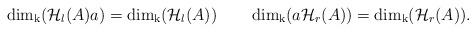
LaTeX: \begin{align*}\dim_{\mathrm{k}}(\mathcal{H}_{l}(A)a)=\dim_{\mathrm{k}}(\mathcal{H}_{l}(A))\quad \quad\dim_{\mathrm{k}}(a\mathcal{H}_{r}(A))=\dim_{\mathrm{k}}(\mathcal{H}_{r}(A)) .\end{align*}